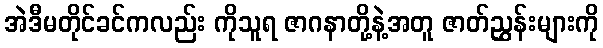
အဲဒီမတိုင်ခင်ကလည်း ကိုသူရ ဇာဂနာတို့နဲ့အတူ ဇာတ်ညွှန်းများကို